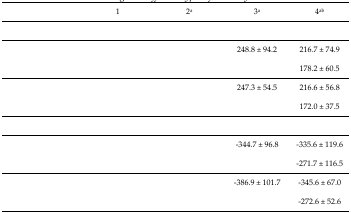
<table><thead><tr><td colspan="2">[EMPTY_CELL]</td><td><b>1</b></td><td><b>2<sup>a</sup></b></td><td><b>3<sup>a</sup></b></td><td><b>4<sup>ab</sup></b></td></tr></thead><tbody><tr><td colspan="6">[EMPTY_CELL]</td></tr><tr><td rowspan="2">[EMPTY_CELL]</td><td>[EMPTY_CELL]</td><td>[EMPTY_CELL]</td><td>[EMPTY_CELL]</td><td>248.8 ± 94.2</td><td>216.7 ± 74.9</td></tr><tr><td>[EMPTY_CELL]</td><td>[EMPTY_CELL]</td><td>[EMPTY_CELL]</td><td>[EMPTY_CELL]</td><td>178.2 ± 60.5</td></tr><tr><td rowspan="2">[EMPTY_CELL]</td><td>[EMPTY_CELL]</td><td>[EMPTY_CELL]</td><td>[EMPTY_CELL]</td><td>247.3 ± 54.5</td><td>216.6 ± 56.8</td></tr><tr><td>[EMPTY_CELL]</td><td>[EMPTY_CELL]</td><td>[EMPTY_CELL]</td><td>[EMPTY_CELL]</td><td>172.0 ± 37.5</td></tr><tr><td colspan="6">[EMPTY_CELL]</td></tr><tr><td rowspan="2">[EMPTY_CELL]</td><td>[EMPTY_CELL]</td><td>[EMPTY_CELL]</td><td>[EMPTY_CELL]</td><td>−344.7 ± 96.8</td><td>−335.6 ± 119.6</td></tr><tr><td>[EMPTY_CELL]</td><td>[EMPTY_CELL]</td><td>[EMPTY_CELL]</td><td>[EMPTY_CELL]</td><td>−271.7 ± 116.5</td></tr><tr><td rowspan="2">[EMPTY_CELL]</td><td>[EMPTY_CELL]</td><td>[EMPTY_CELL]</td><td>[EMPTY_CELL]</td><td>−386.9 ± 101.7</td><td>−345.6 ± 67.0</td></tr><tr><td>[EMPTY_CELL]</td><td>[EMPTY_CELL]</td><td>[EMPTY_CELL]</td><td>[EMPTY_CELL]</td><td>−272.6 ± 52.6</td></tr></tbody></table>